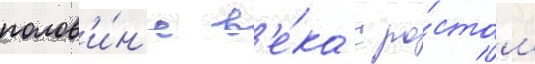
полов'и́н'е в'е́ка с ро́стом